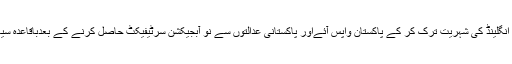
اگر کسی پاکستانی سیاسی پاڑٹی کا سربراہ پاکستان کے لئے اتنا زیادہ ہی مخلص ہے تو وہ اپنی انگلینڈ کی شہریت ترک کر کے پاکستان واپس آئےاور پاکستانی عدالتوں سے نو آبجیکشن سرٹیفیکٹ حاصل کرنے کے بعدباقاعدہ سیاست کا آغاز کرے بصورت دیگر پاکستانی حکام ایسی تمام سیاسی پارٹیوں کو کالعدم قرار دے۔